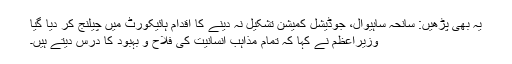
یہ بھی پڑھیں: سانحہ ساہیوال، جوڈیشل کمیشن تشکیل نہ دینے کا اقدام ہائیکورٹ میں چیلنج کر دیا گیا
وزیراعظم نے کہا کہ تمام مذاہب انسانیت کی فلاح و بہبود کا درس دیتے ہیں۔